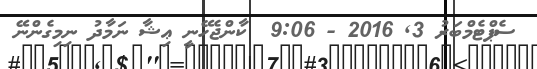
ސެޕްޓެމްބަރު 3